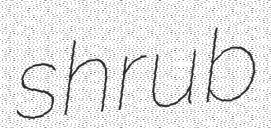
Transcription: shrub